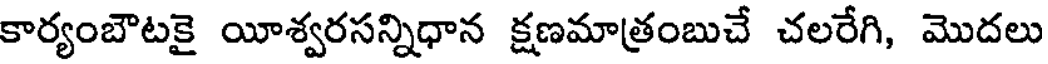
కార్యంబౌటకై యీశ్వరసన్నిధాన క్షణమాత్రంబుచే చలరేగి, మొదలు